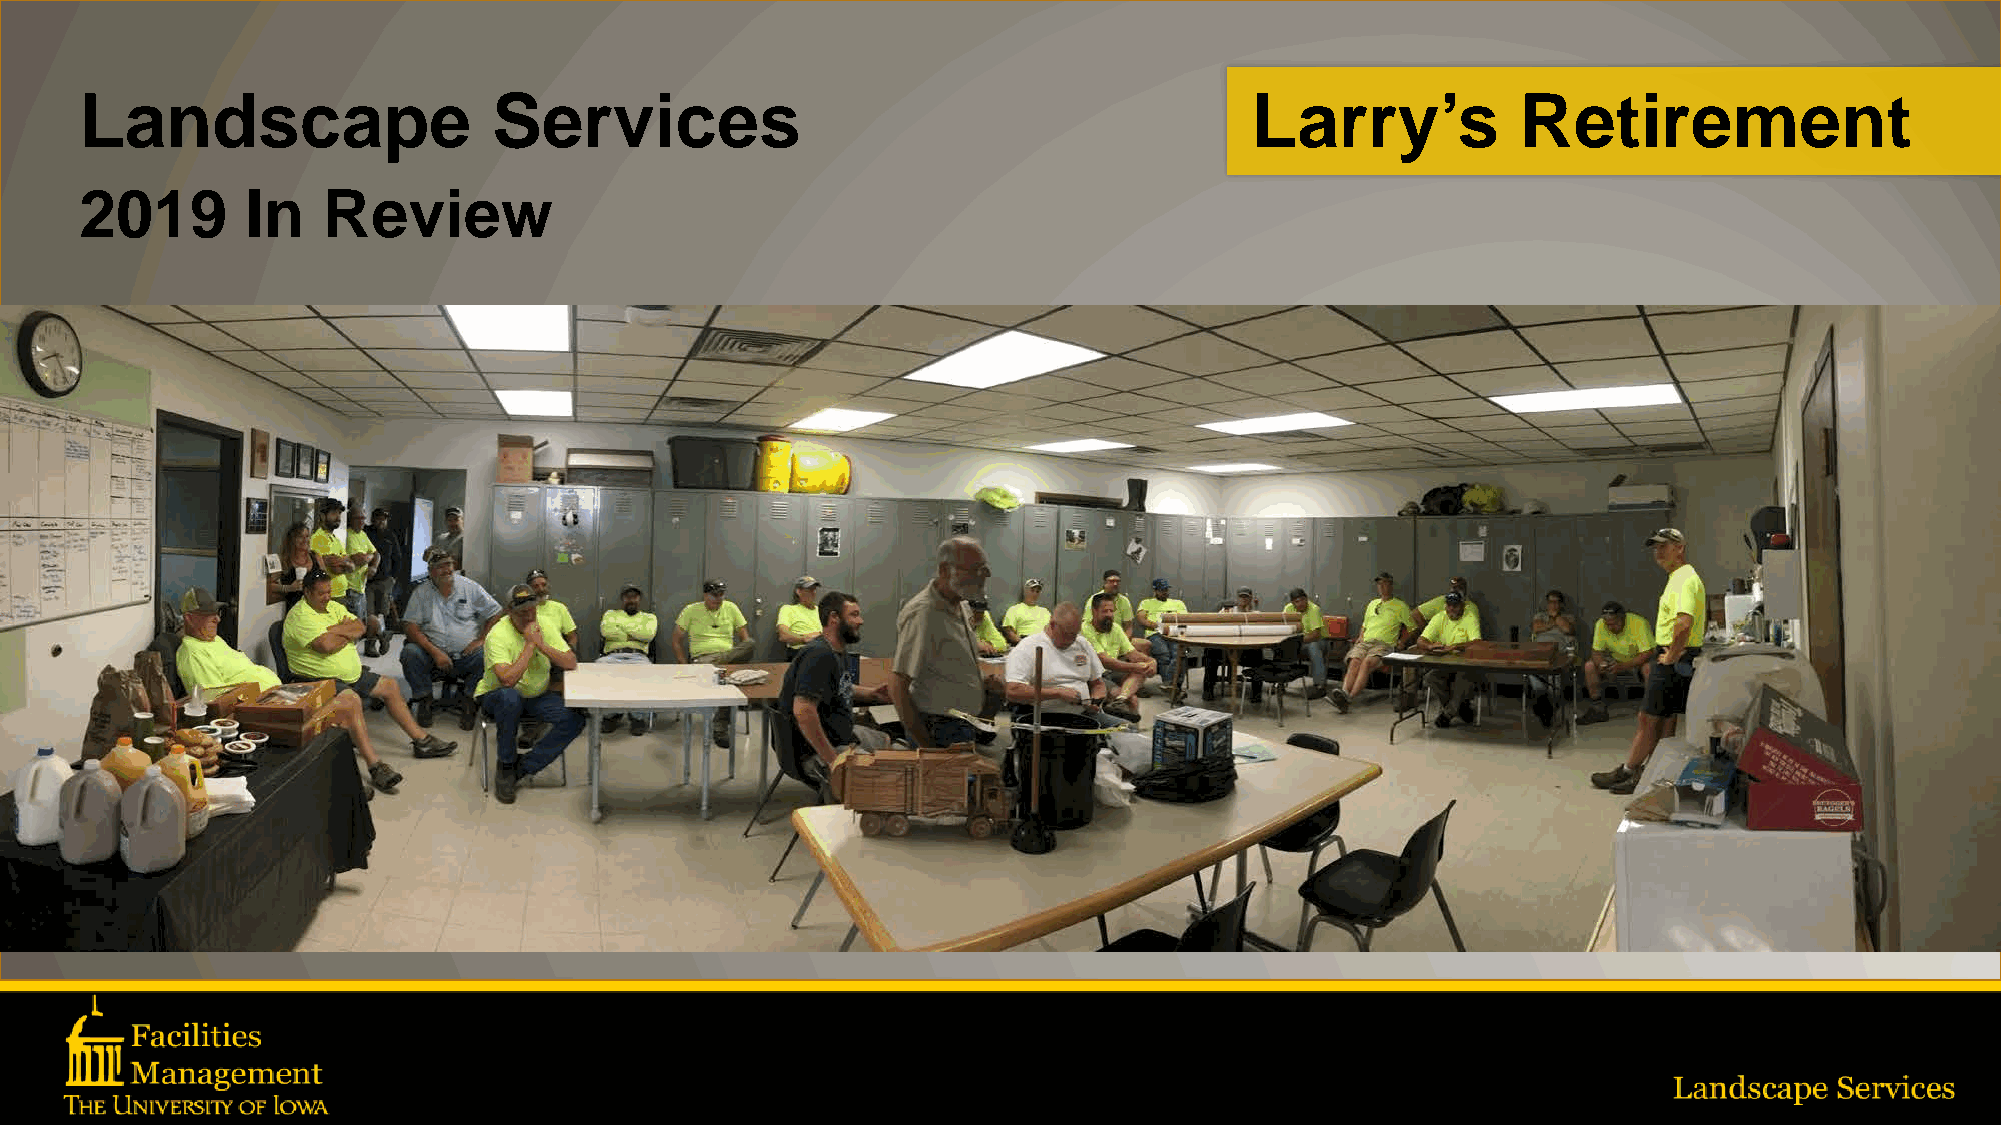
Landscape                   Services                                          Larry’s           Retirement
 2019       In   Review